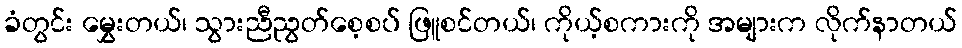
ခံတွင်း မွှေးတယ်၊ သွားညီညွတ်စေ့စပ် ဖြူစင်တယ်၊ ကိုယ့်စကားကို အများက လိုက်နာတယ်